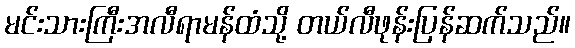
မင်းသားကြီးအလီရာမန်ထံသို့ တယ်လီဖုန်းပြန်ဆက်သည်။